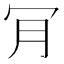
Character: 肎